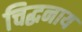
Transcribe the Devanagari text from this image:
चिद्घनाय